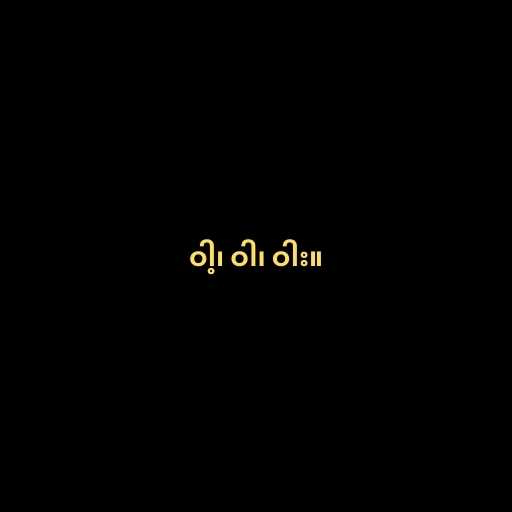
ဝါ့၊ ဝါ၊ ဝါး။